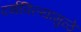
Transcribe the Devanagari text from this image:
दर्शविल्यामुळे